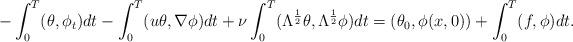
LaTeX: \begin{align*}-\int_0^T(\theta, \phi_t)dt-\int_0^T(u\theta, \nabla\phi)dt+\nu\int_0^T(\Lambda^{\frac{1}{2}}\theta, \Lambda^{\frac{1}{2}}\phi)dt=(\theta_0, \phi(x,0))+\int_0^T(f, \phi)dt.\end{align*}